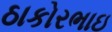
ઠાકોરભાઇ